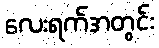
လေးရက်အတွင်း